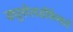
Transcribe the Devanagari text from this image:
ड्युसेलडॉर्फमध्ये